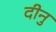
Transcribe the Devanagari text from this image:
दीनु